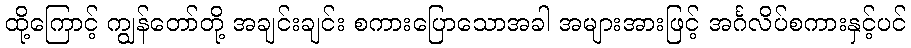
ထို့ကြောင့် ကျွန်တော်တို့ အချင်းချင်း စကားပြောသောအခါ အများအားဖြင့် အင်္ဂလိပ်စကားနှင့်ပင်